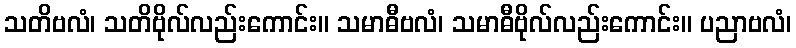
သတိဗလံ၊ သတိဗိုလ်လည်းကောင်း။ သမာဓီဗလံ၊ သမာဓီဗိုလ်လည်းကောင်း။ ပညာဗလံ၊